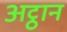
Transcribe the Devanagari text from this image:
अट्ठान